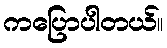
ကပြောပါတယ်။